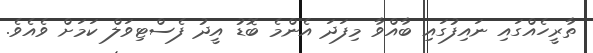
ތާރީހެއްގައި ނައިފުގައި ބާއްވާ މިފަދަ އެންމެ ބޮޑު އީދު ފެސްޓިވަލް ކަމަށް ވެއެވެ.